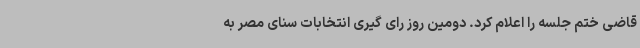
قاضی ختم جلسه را اعلام کرد. دومین روز رای گیری انتخابات سنای مصر به